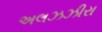
અલઝઝીરા